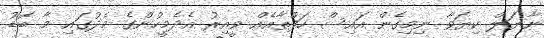
ނާޔަލް ކިޔަވާ ނިމިގެން އައިސް ހަފްތާއެއް ވީއިރު އެދެމީހުންގެ މެދުގައި މާ ބޮޑު